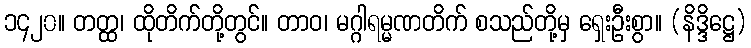
၁၄၂၀။ တတ္ထ၊ ထိုတိက်တို့တွင်။ တာဝ၊ မဂ္ဂါရမ္မဏတိက် စသည်တို့မှ ရှေးဦးစွာ။ (နိဒ္ဒိဋ္ဌေ)